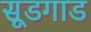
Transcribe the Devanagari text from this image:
सूडगाड